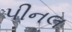
પીનલ